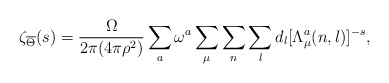
\begin{align*}\zeta_{\overline{\Theta}}(s)= {\Omega \over 2\pi (4 \pi \rho^2 )}\sum_a \omega^a \sum_{\mu} \sum_n \sum_l d_l [ \Lambda_{\mu}^a(n,l) ]^{-s},\end{align*}